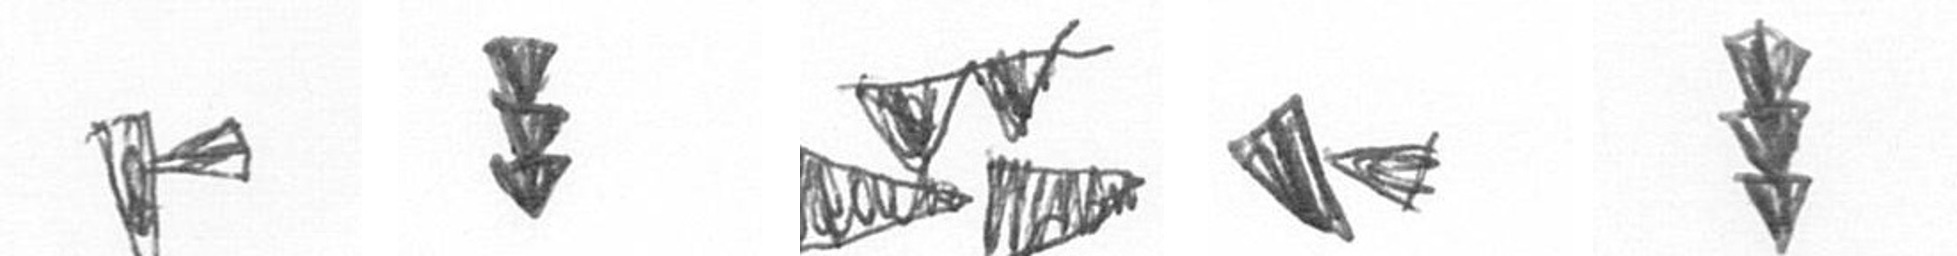
F E B F E